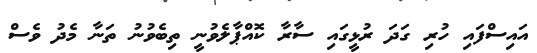
އައިސްފައި ހުރި ގަދަ ރުޅީގައި ސާރާ ކޮއްޕާލެވުނީ ތިބެވުނު ތަނާ މެދު ވެސް